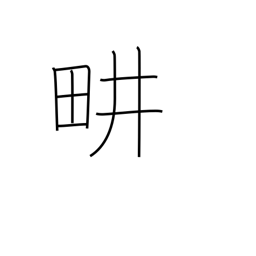
Meaning: cultivate